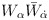
\begin{align*}W_{\alpha}\bar W_{\dot \alpha}\end{align*}